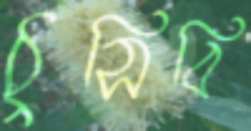
ঠুসিবি